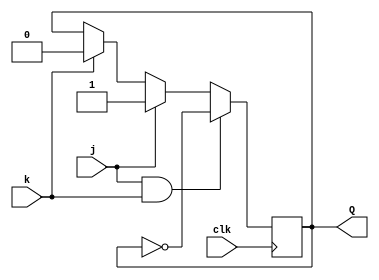
module top_module (
    input clk,
    input j,
    input k,
    output Q);
    
    always@(posedge clk)
        if (j&k)
            Q = ~Q;
   		else if (j)
        	Q = 1;
    	else if (k)
        	Q = 0;
    	else
        	Q = Q;

endmodule